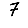
Digit: 7